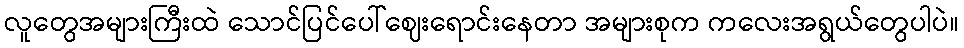
လူတွေအများကြီးထဲ သောင်ပြင်ပေါ်ဈေးရောင်းနေတာ အများစုက ကလေးအရွယ်တွေပါပဲ။